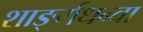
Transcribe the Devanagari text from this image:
शार्ङ्गधन्वा